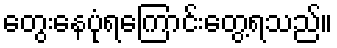
တွေးနေပုံရကြောင်းတွေ့ရသည်။